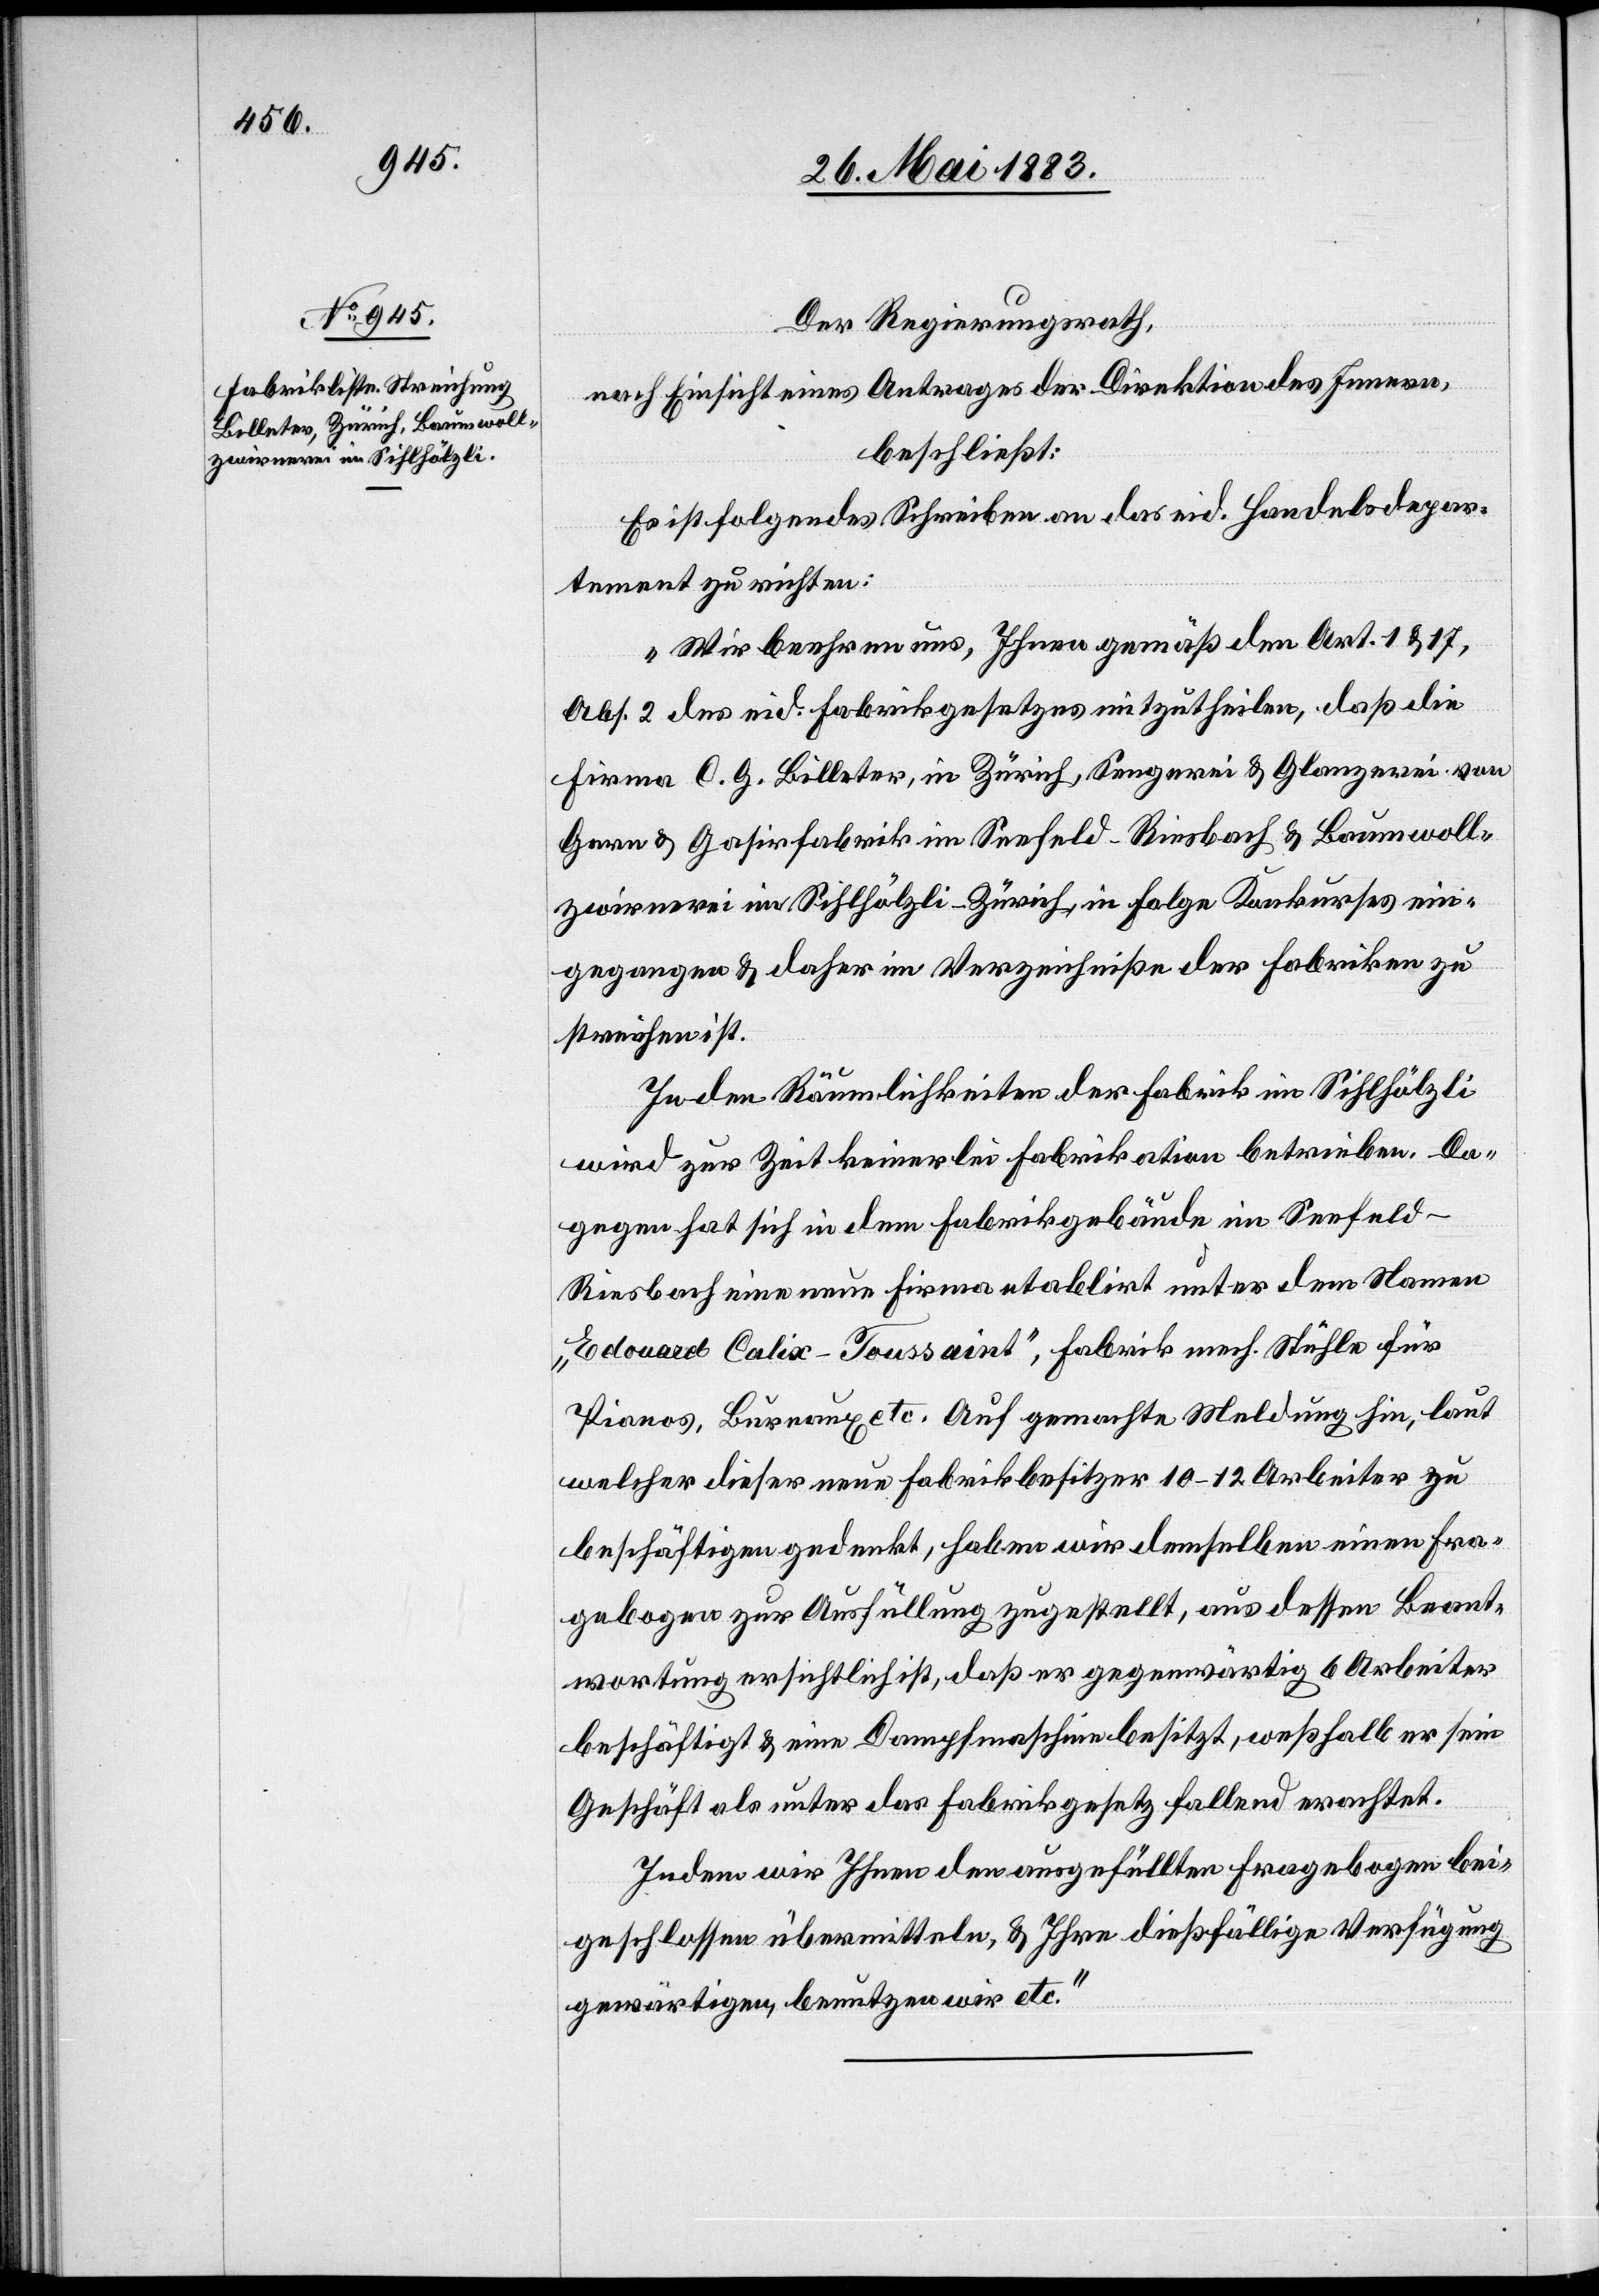
Der Regierungsrath,
nach Einsicht eines Antrages der Direktion des Innern,
beschließt:
Es ist folgendes Schreiben an das eid. Handelsdepar¬
tement zu richten:
„Wir beehren uns, Ihnen gemäß den Art. 1. & 17,
Abs. 2 des eid. Fabrikgesetzes mitzutheilen, daß die
Firma C. G. Billeter, in Zürich, Sengerei & Glanzerei von
Garn & G[l]asirfabrik im Seefeld - Riesbach & Baumwoll¬
zwirnerei im Sihlhölzli - Zürich, in Folge Konkurses ein¬
gegangen & daher im Verzeichnisse der Fabriken zu
streichen ist.
In den Räumlichkeiten der Fabrik im Sihlhölzli
wird zur Zeit keinerlei Fabrikation betrieben. Da¬
gegen hat sich in dem Fabrikgebäude im Seefeld -
Riesbach eine neue Firma etablirt unter dem Namen
„Edouard Calix-Toussaint“, Fabrik mech. Stühle für
Pianos, Bureaux etc. Auf gemachte Meldung hin, laut
welcher dieser neue Fabrikbesitzer 10–12 Arbeiter zu
beschäftigen gedenkt, haben wir demselben einen Fra¬
gebogen zur Ausfüllung zugestellt, aus dessen Beant¬
wortung ersichtlich ist, daß er gegenwärtig 6 Arbeiter
beschäftigt & eine Dampfmaschine besitzt, weßhalb er sein
Geschäft als unter das Fabrikgesetz fallend erachtet.
Indem wir Ihnen den ausgefüllten Fragebogen bei¬
geschlossen übermitteln, & Ihre dießfällige Verfügung
gewärtigen, benutzen wir etc.“